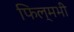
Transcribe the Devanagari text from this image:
फिल्मभी